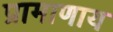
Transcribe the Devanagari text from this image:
प्रामाणाय